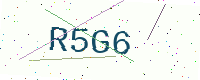
Text: R5G6